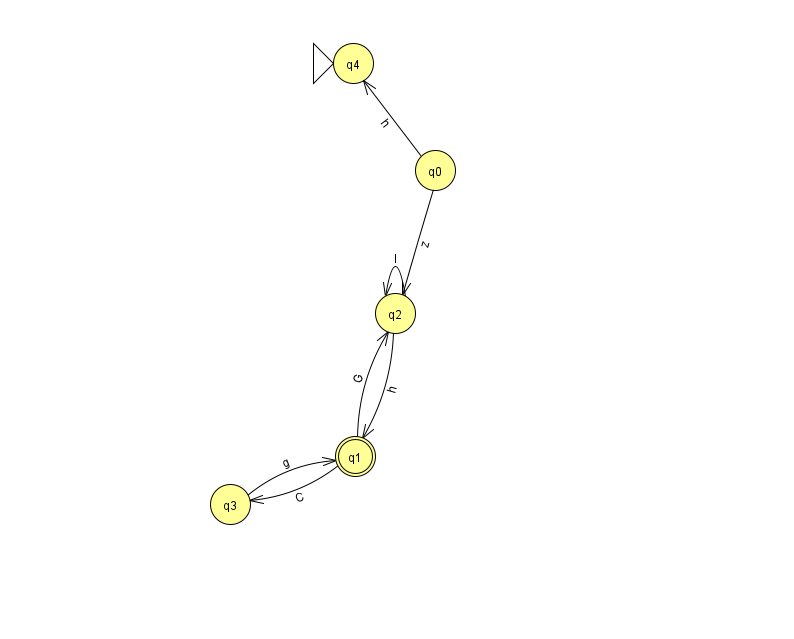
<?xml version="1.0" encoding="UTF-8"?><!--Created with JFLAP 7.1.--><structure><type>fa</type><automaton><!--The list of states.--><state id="0" name="q0"><x>435.0</x><y>157.0</y></state><state id="1" name="q1"><x>355.0</x><y>443.0</y><final/></state><state id="2" name="q2"><x>395.0</x><y>300.0</y></state><state id="3" name="q3"><x>230.0</x><y>491.0</y></state><state id="4" name="q4"><x>353.0</x><y>50.0</y><initial/></state><!--The list of transitions.--><transition><from>1</from><to>2</to><read>G</read></transition><transition><from>2</from><to>1</to><read>h</read></transition><transition><from>2</from><to>2</to><read>I</read></transition><transition><from>3</from><to>1</to><read>g</read></transition><transition><from>0</from><to>4</to><read>h</read></transition><transition><from>1</from><to>3</to><read>C</read></transition><transition><from>0</from><to>2</to><read>z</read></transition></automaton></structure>